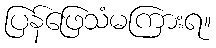
ပြန်ဖြေသံမကြားရ။